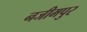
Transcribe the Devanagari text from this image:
नजीमपुर